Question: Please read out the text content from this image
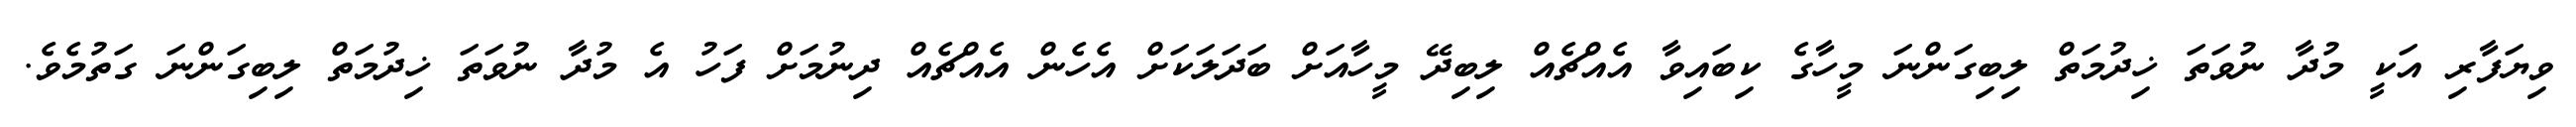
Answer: ވިޔަފާރި އަކީ މުދާ ނުވަތަ ޚިދުމަތް ލިބިގަންނަ މީހާގެ ކިބައިވާ އެއްޗެއް ލިބިދޭ މީހާއަށް ބަދަލަކަށް އެހެން އެއްޗެއް ދިނުމަށް ފަހު އެ މުދާ ނުވަތަ ޚިދުމަތް ލިބިގަންނަ ގަތުމެވެ.